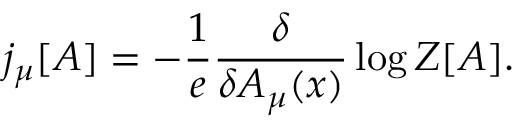
j _ { \mu } [ A ] = - \frac { 1 } { e } \frac { \delta } { \delta A _ { \mu } ( x ) } \log { \cal { Z } } [ A ] .